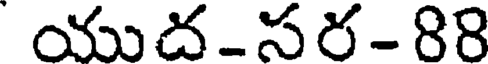
యుద-సర-88